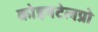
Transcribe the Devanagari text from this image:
कोइनटेलप्रो